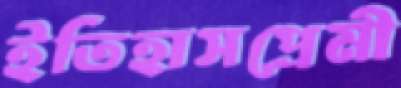
ইতিহাসপ্রেমী